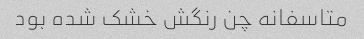
متاسفانه چن رنگش خشک شده بود